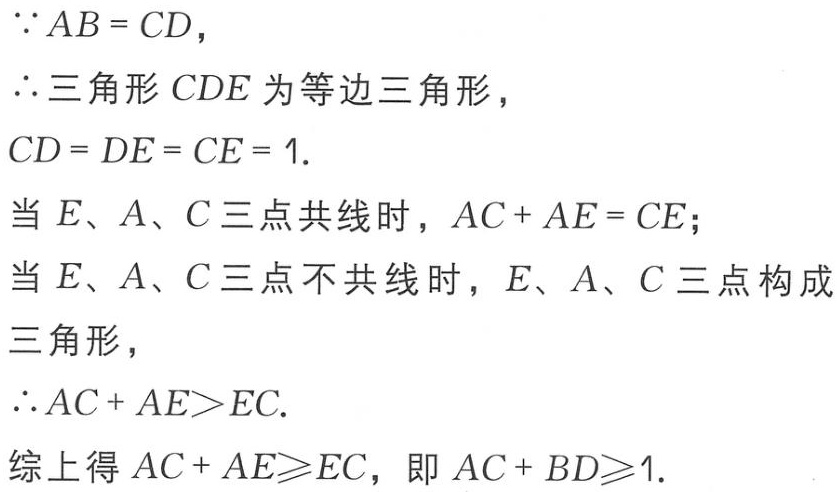
\(\because AB = CD\)，
\(\therefore\)三角形 \(CDE\) 为等边三角形，
\(CD = DE = CE = 1.\)
当 \(E、A、C\) 三点共线时，\(AC + AE = CE\)；
当 \(E、A、C\) 三点不共线时，\(E、A、C\) 三点构成三角形，
\(\therefore AC + AE>EC.\)
综上得 \(AC + AE\geqslant EC\)，即 \(AC + BD\geqslant1.\)